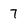
Character: 7